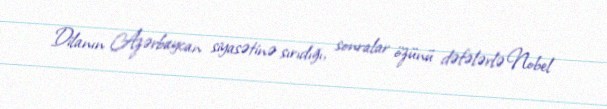
Dilanın Azərbaycan siyasətinə sırıdığı, sonralar özünü dəfələrlə Nobel